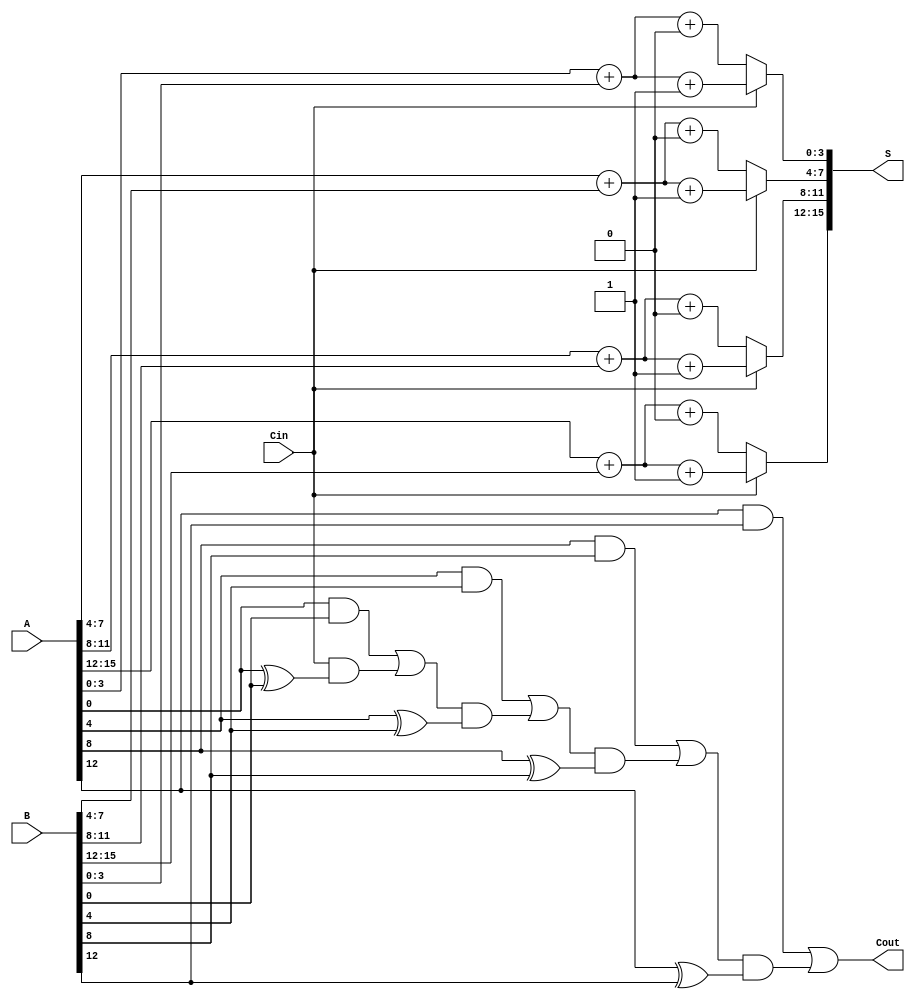
module CCSA #(parameter n = 16, parameter k = 4) (
    input [n-1:0] A,      // First n-bit input
    input [n-1:0] B,      // Second n-bit input
    input Cin,            // Carry-in
    output [n-1:0] S,     // n-bit sum output
    output Cout           // Carry-out
);

    localparam m = n / k; // Number of segments
    wire [k-1:0] S0[m-1:0]; // Sum assuming carry-in is 0
    wire [k-1:0] S1[m-1:0]; // Sum assuming carry-in is 1
    wire C[m-1:0];          // Carry-out for each segment
    wire C_temp[m-1:0];     // Temporary carry for MUX selection

    // Generate S0 and S1 for each segment
    genvar i;
    generate
        for (i = 0; i < m; i = i + 1) begin : segment
            wire [k-1:0] A_seg = A[i*k +: k];
            wire [k-1:0] B_seg = B[i*k +: k];
            wire carry_in = (i == 0) ? Cin : C[i-1];

            // Calculate S0 and S1
            assign S0[i] = A_seg + B_seg + 1'b0; // Sum with carry-in = 0
            assign S1[i] = A_seg + B_seg + 1'b1; // Sum with carry-in = 1

            // Calculate carry-out for both cases
            assign C_temp[i] = (A_seg & B_seg) | (carry_in & (A_seg ^ B_seg));
            assign C[i] = (carry_in) ? C_temp[i] : C_temp[i];
        end
    endgenerate

    // MUX to select the correct sum based on the carry-in
    generate
        for (i = 0; i < m; i = i + 1) begin : mux
            assign S[i*k +: k] = (Cin) ? S1[i] : S0[i];
        end
    endgenerate

    // Final carry-out
    assign Cout = C[m-1];

endmodule